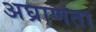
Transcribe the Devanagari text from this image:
अघ्राणता